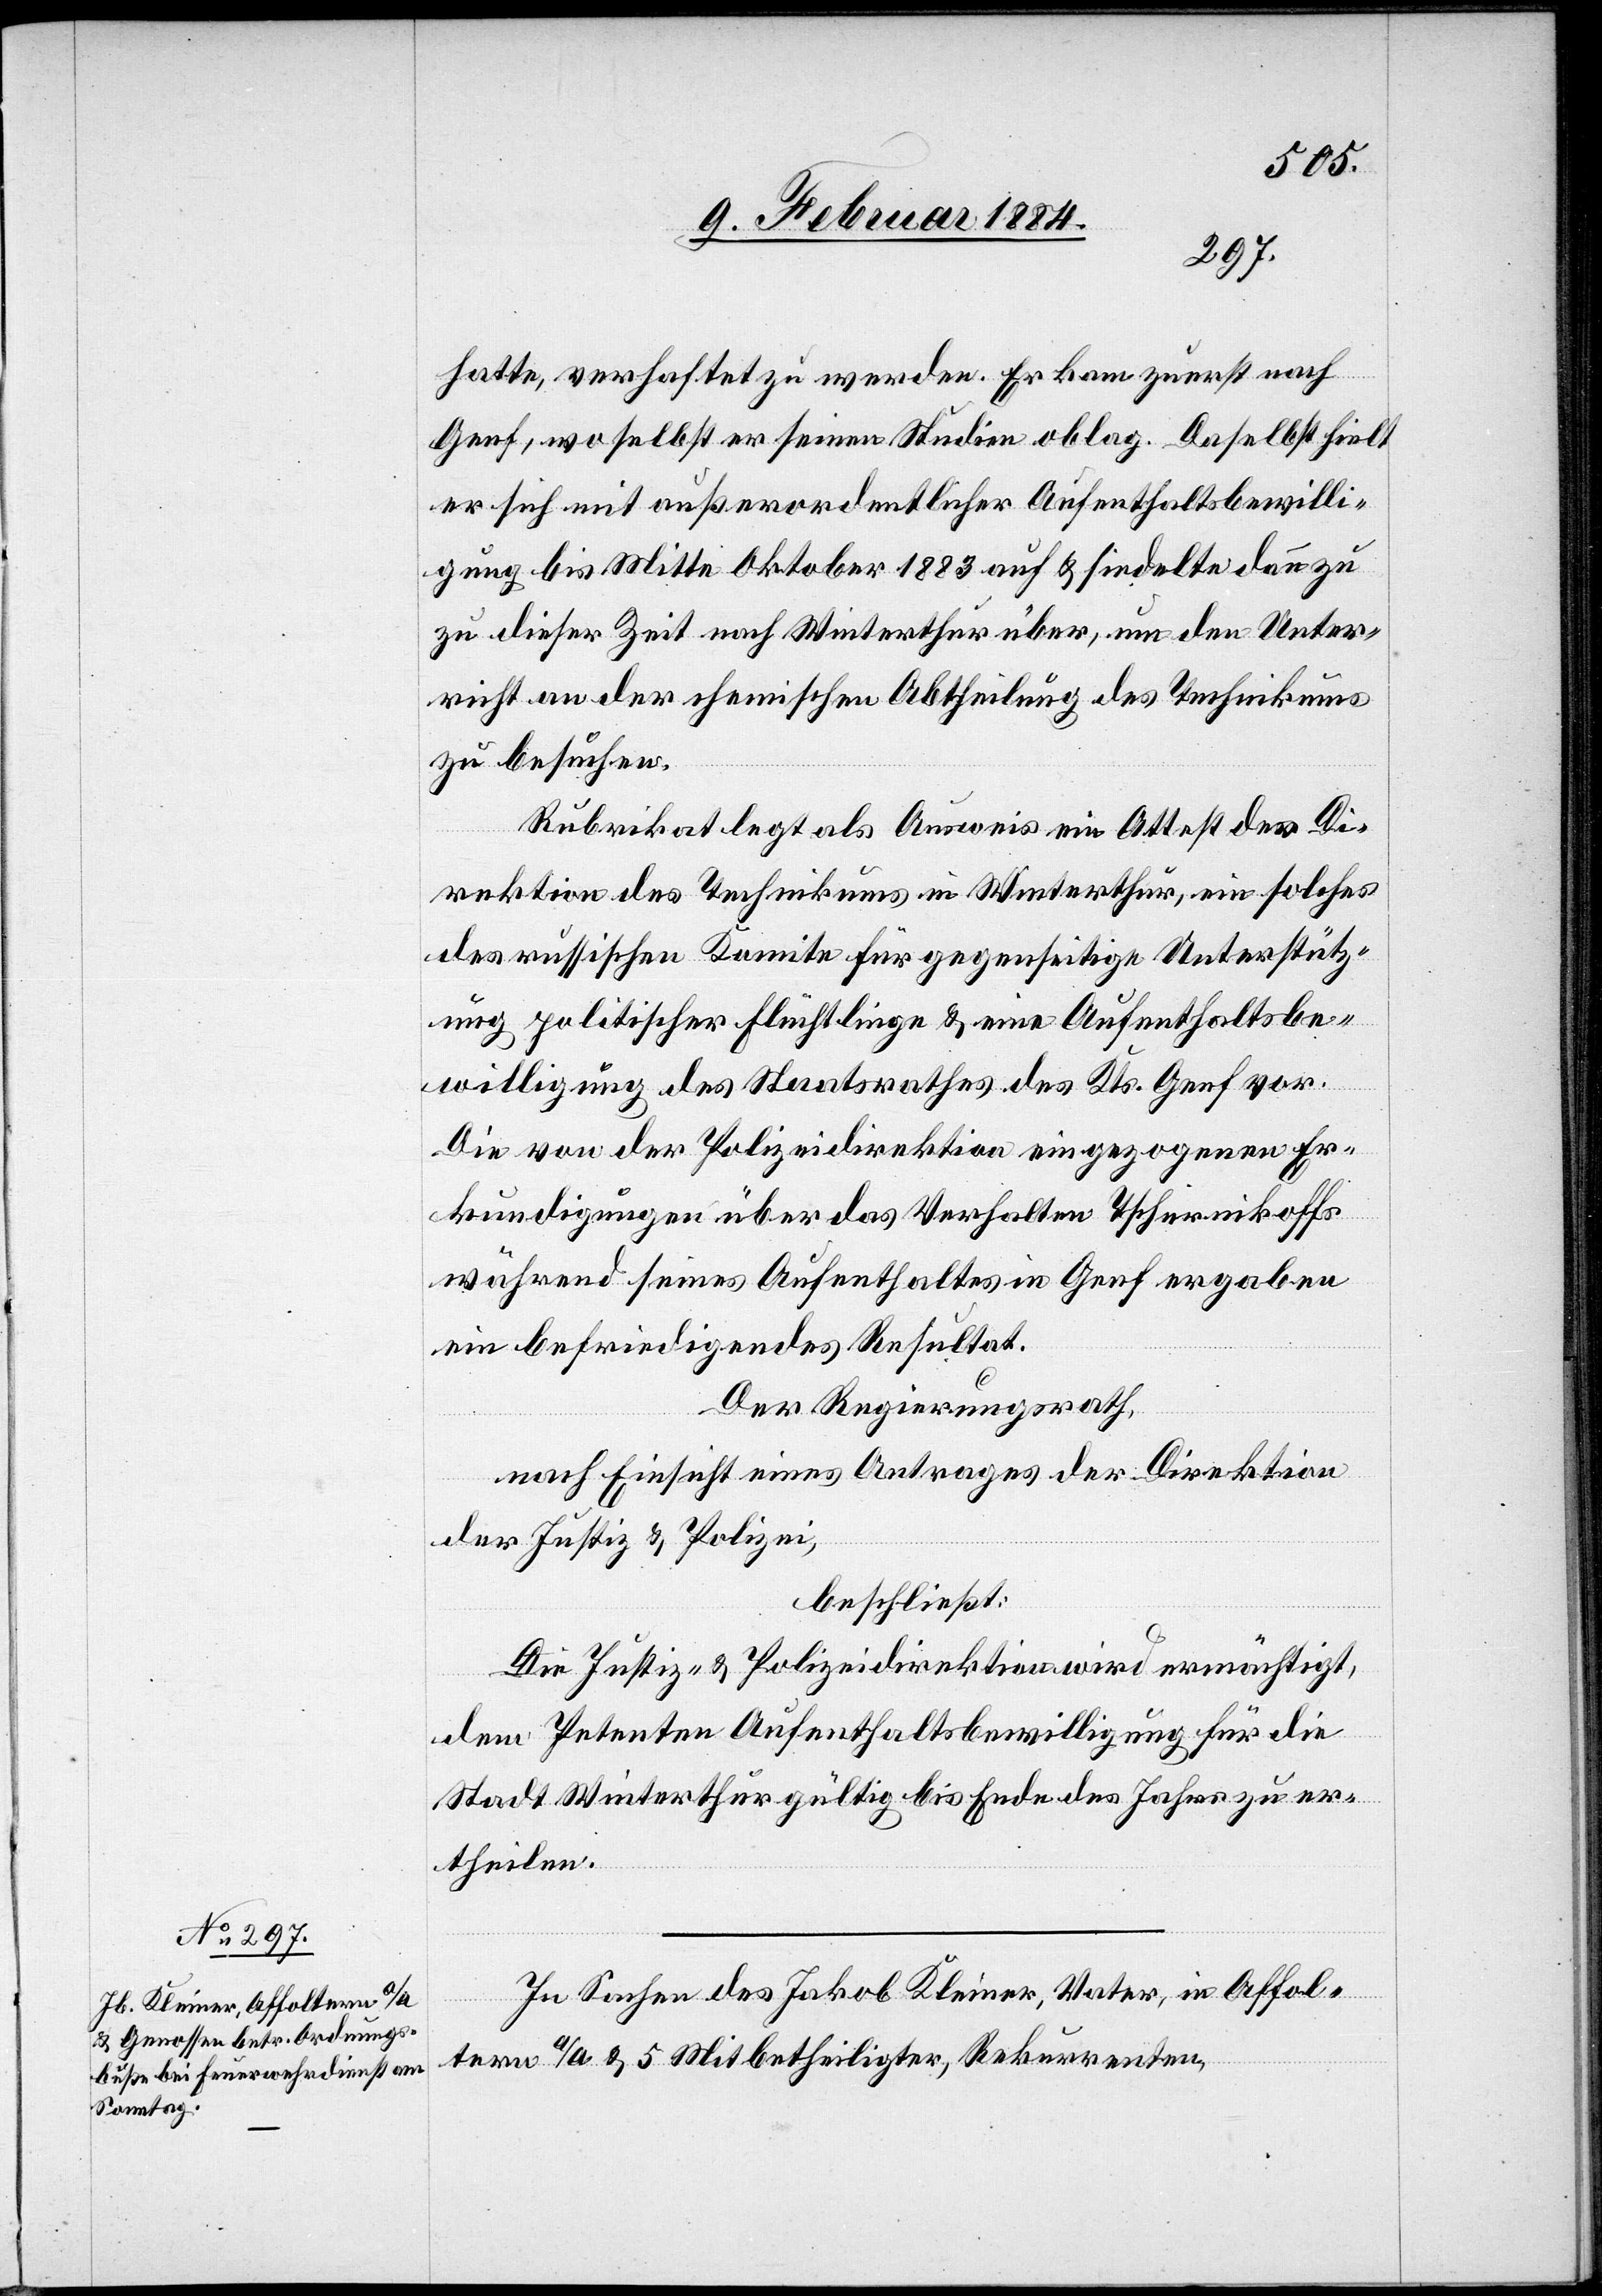
hatte, verhaftet zu werden. Er kam zuerst nach
Genf, woselbst er seinen Studien oblag. Daselbst hielt
er sich mit außerordentlicher Aufenthaltsbewilli¬
gung bis Mitte Oktober 1883 auf & siedelte dann z¬
u dieser Zeit nach Winterthur über, um den Unter¬
richt an der chemischen Abtheilung des Technikums
zu besuchen.
Rubrikat legt als Ausweis ein Attest der Di¬
rektion des Technikums in Winterthur, ein solches
des russischen Komite für gegenseitige Unterstütz¬
ung politischer Flüchtlinge & eine Aufenthaltsbe¬
willigung des Staatsrathes des Kts. Genf vor.
Die von der Polizeidirektion eingezogene Er¬
kundigung über das Verhalten Tschernikoffs
während seines Aufenthaltes in Genf ergaben
ein befriedigendes Resultat.
Der Regierungsrath,
nach Einsicht eines Antrages der Direktion
der Justiz & Polizei,
beschließt:
Die Justiz- & Polizeidirektion wird ermächtigt,
dem Petenten Aufenthaltsbewilligung für die
Stadt Winterthur gültig bis Ende des Jahres zu er¬
theilen.
In Sachen des Jakob Kleiner, Vater, in Affol¬
tern a/A. & 5 Mitbetheiligter, Rekurrenten,